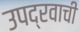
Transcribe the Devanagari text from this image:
उपद्रवाची